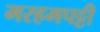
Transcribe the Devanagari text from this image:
मरहमपट्टी